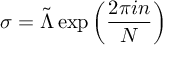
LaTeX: \sigma = \tilde { \Lambda } \exp \left( \frac { 2 \pi i n } { N } \right)